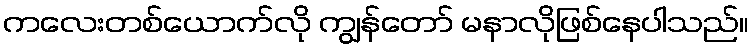
ကလေးတစ်ယောက်လို ကျွန်တော် မနာလိုဖြစ်နေပါသည်။